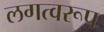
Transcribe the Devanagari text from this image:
लगत्वरूप